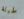
طبلة